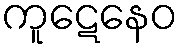
ကူဋေနေဝ